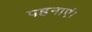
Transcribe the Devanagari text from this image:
पहनाएं।